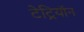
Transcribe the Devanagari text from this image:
टेट्रियॉन